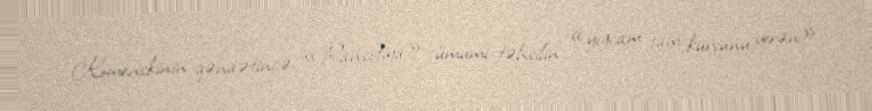
Komenskinin qənaətincə, «Pansofiya» ümumi təhsilin «yığcam tam kursunu verən»